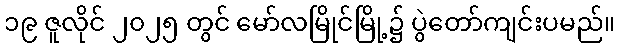
၁၉ ဇူလိုင် ၂၀၂၅ တွင် မော်လမြိုင်မြို့၌ ပွဲတော်ကျင်းပမည်။